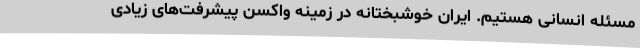
مسئله انسانی هستیم. ایران خوشبختانه در زمینه واکسن پیشرفت‌های زیادی